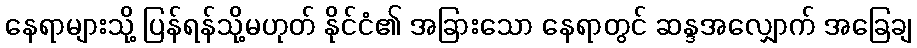
နေရာများသို့ ပြန်ရန်သို့မဟုတ် နိုင်ငံ၏ အခြားသော နေရာတွင် ဆန္ဒအလျှောက် အခြေချ